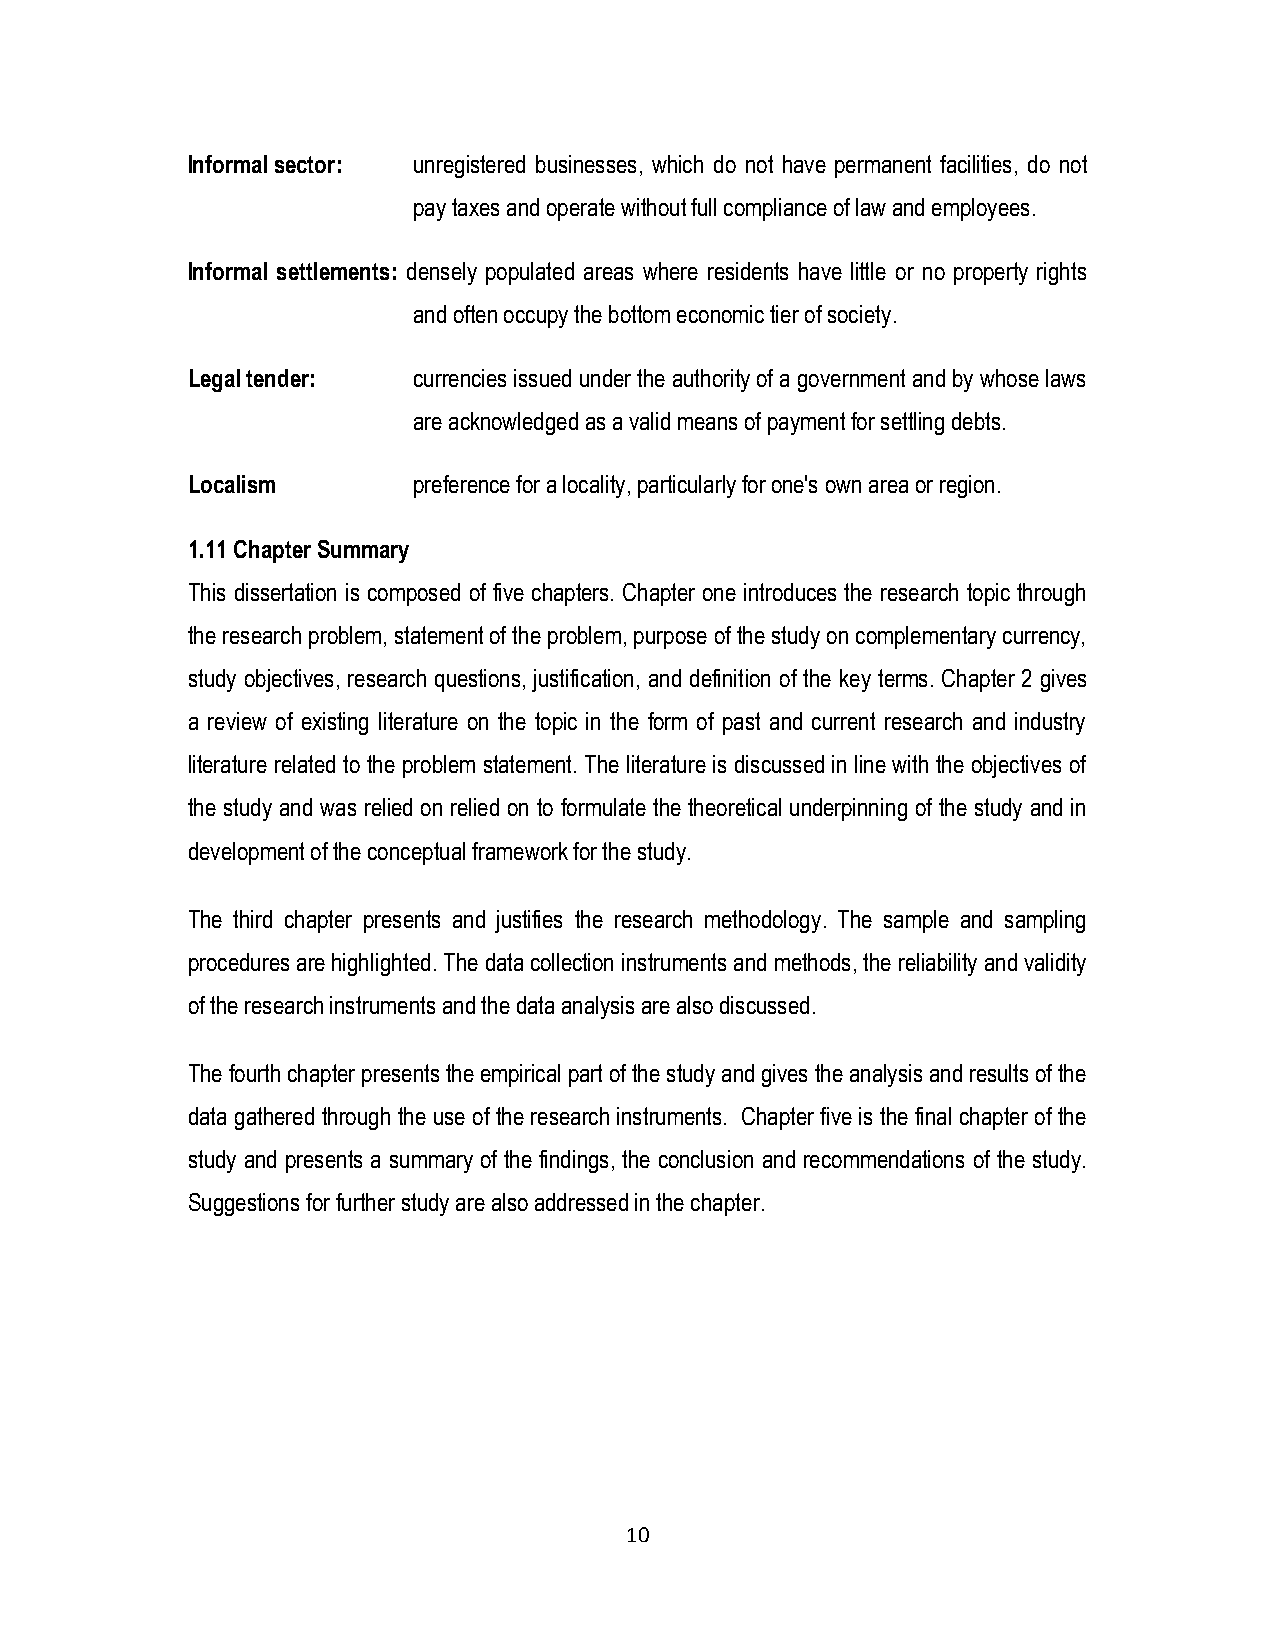
Informal sector: unregistered businesses, which do not have permanent facilities, do not
 pay taxes and operate without full compliance of law and employees.
 Informal settlements: densely populated areas where residents have little or no property rights
 and often occupy the bottom economic tier of society.
 Legal tender:  currencies issued under the authority of a government and by whose laws
 are acknowledged as a valid means of payment for settling debts.
 Localism       preference for a locality, particularly for one's own area or region.
 1.11 Chapter Summary
 This dissertation is composed of five chapters. Chapter one introduces the research topic through
 the research problem, statement of the problem, purpose of the study on complementary currency,
 study objectives, research questions, justification, and definition of the key terms. Chapter 2 gives
 a review of existing literature on the topic in the form of past and current research and industry
 literature related to the problem statement. The literature is discussed in line with the objectives of
 the study and was relied on relied on to formulate the theoretical underpinning of the study and in
 development of the conceptual framework for the study.
 The third chapter presents and justifies the research methodology. The sample and sampling
 procedures are highlighted. The data collection instruments and methods, the reliability and validity
 of the research instruments and the data analysis are also discussed.
 The fourth chapter presents the empirical part of the study and gives the analysis and results of the
 data gathered through the use of the research instruments. Chapter five is the final chapter of the
 study and presents a summary of the findings, the conclusion and recommendations of the study.
 Suggestions for further study are also addressed in the chapter.
 10